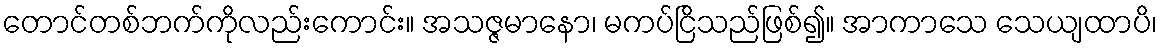
တောင်တစ်ဘက်ကိုလည်းကောင်း။ အသဇ္ဇမာနော၊ မကပ်ငြိသည်ဖြစ်၍။ အာကာသေ သေယျထာပိ၊